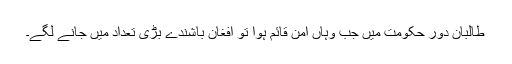
طالبان دورِ حکومت میں جب وہاں امن قائم ہوا تو افغان باشندے بڑی تعداد میں جانے لگے۔